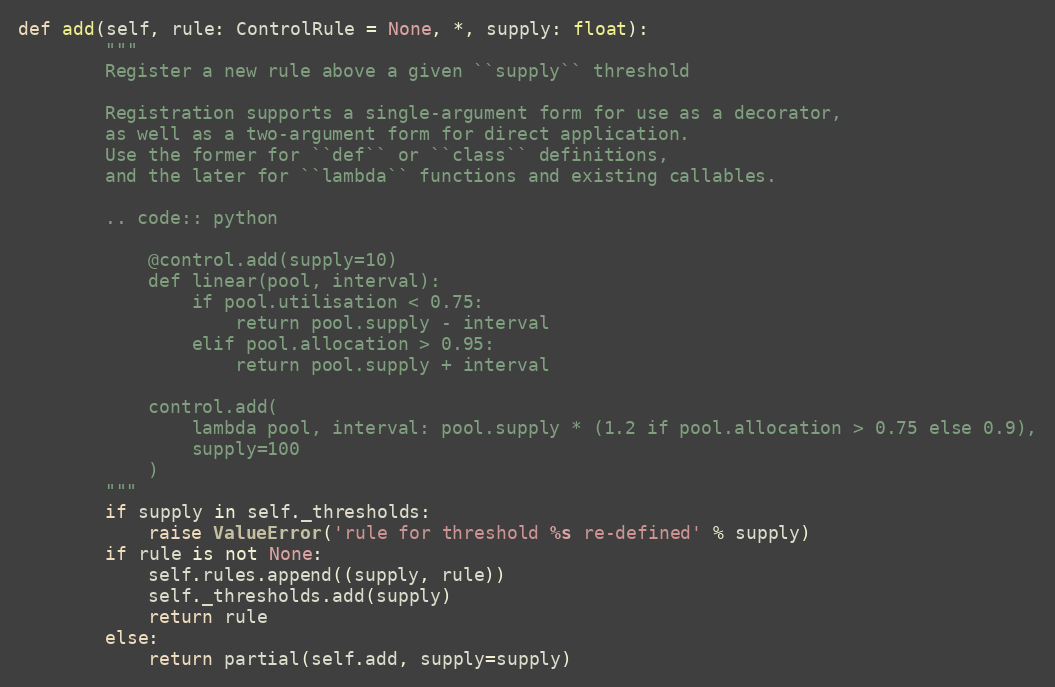
Language: Python
def add(self, rule: ControlRule = None, *, supply: float):
        """
        Register a new rule above a given ``supply`` threshold

        Registration supports a single-argument form for use as a decorator,
        as well as a two-argument form for direct application.
        Use the former for ``def`` or ``class`` definitions,
        and the later for ``lambda`` functions and existing callables.

        .. code:: python

            @control.add(supply=10)
            def linear(pool, interval):
                if pool.utilisation < 0.75:
                    return pool.supply - interval
                elif pool.allocation > 0.95:
                    return pool.supply + interval

            control.add(
                lambda pool, interval: pool.supply * (1.2 if pool.allocation > 0.75 else 0.9),
                supply=100
            )
        """
        if supply in self._thresholds:
            raise ValueError('rule for threshold %s re-defined' % supply)
        if rule is not None:
            self.rules.append((supply, rule))
            self._thresholds.add(supply)
            return rule
        else:
            return partial(self.add, supply=supply)